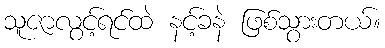
သူဇာလွင့်ရင်ထဲ နင့်ခနဲ ဖြစ်သွားတယ်။